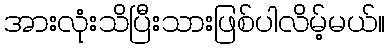
အားလုံးသိပြီးသားဖြစ်ပါလိမ့်မယ်။